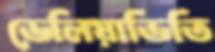
ভেলিয়াভিতি